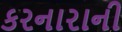
કરનારાની